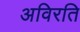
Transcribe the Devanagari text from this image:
अविरति